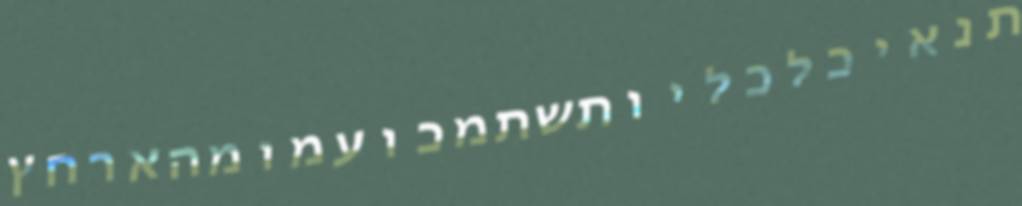
תנאיכלכליותשתמכועמומהארחץ